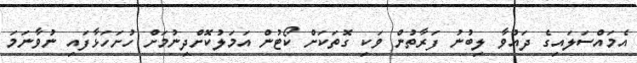
އެމައްސަލައިގެ ދައުވާ ލިބުނު ފަރާތުން ވަކި ގޮތަކަށް ކޯޓުން އަމަލުކޮށްދިނުމަށް ހުށަހަޅާފައި ނުވާނަމަ